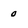
Character: 0